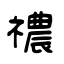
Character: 禯